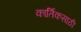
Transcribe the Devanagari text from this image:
कार्तिकसाठी